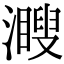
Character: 𤁨